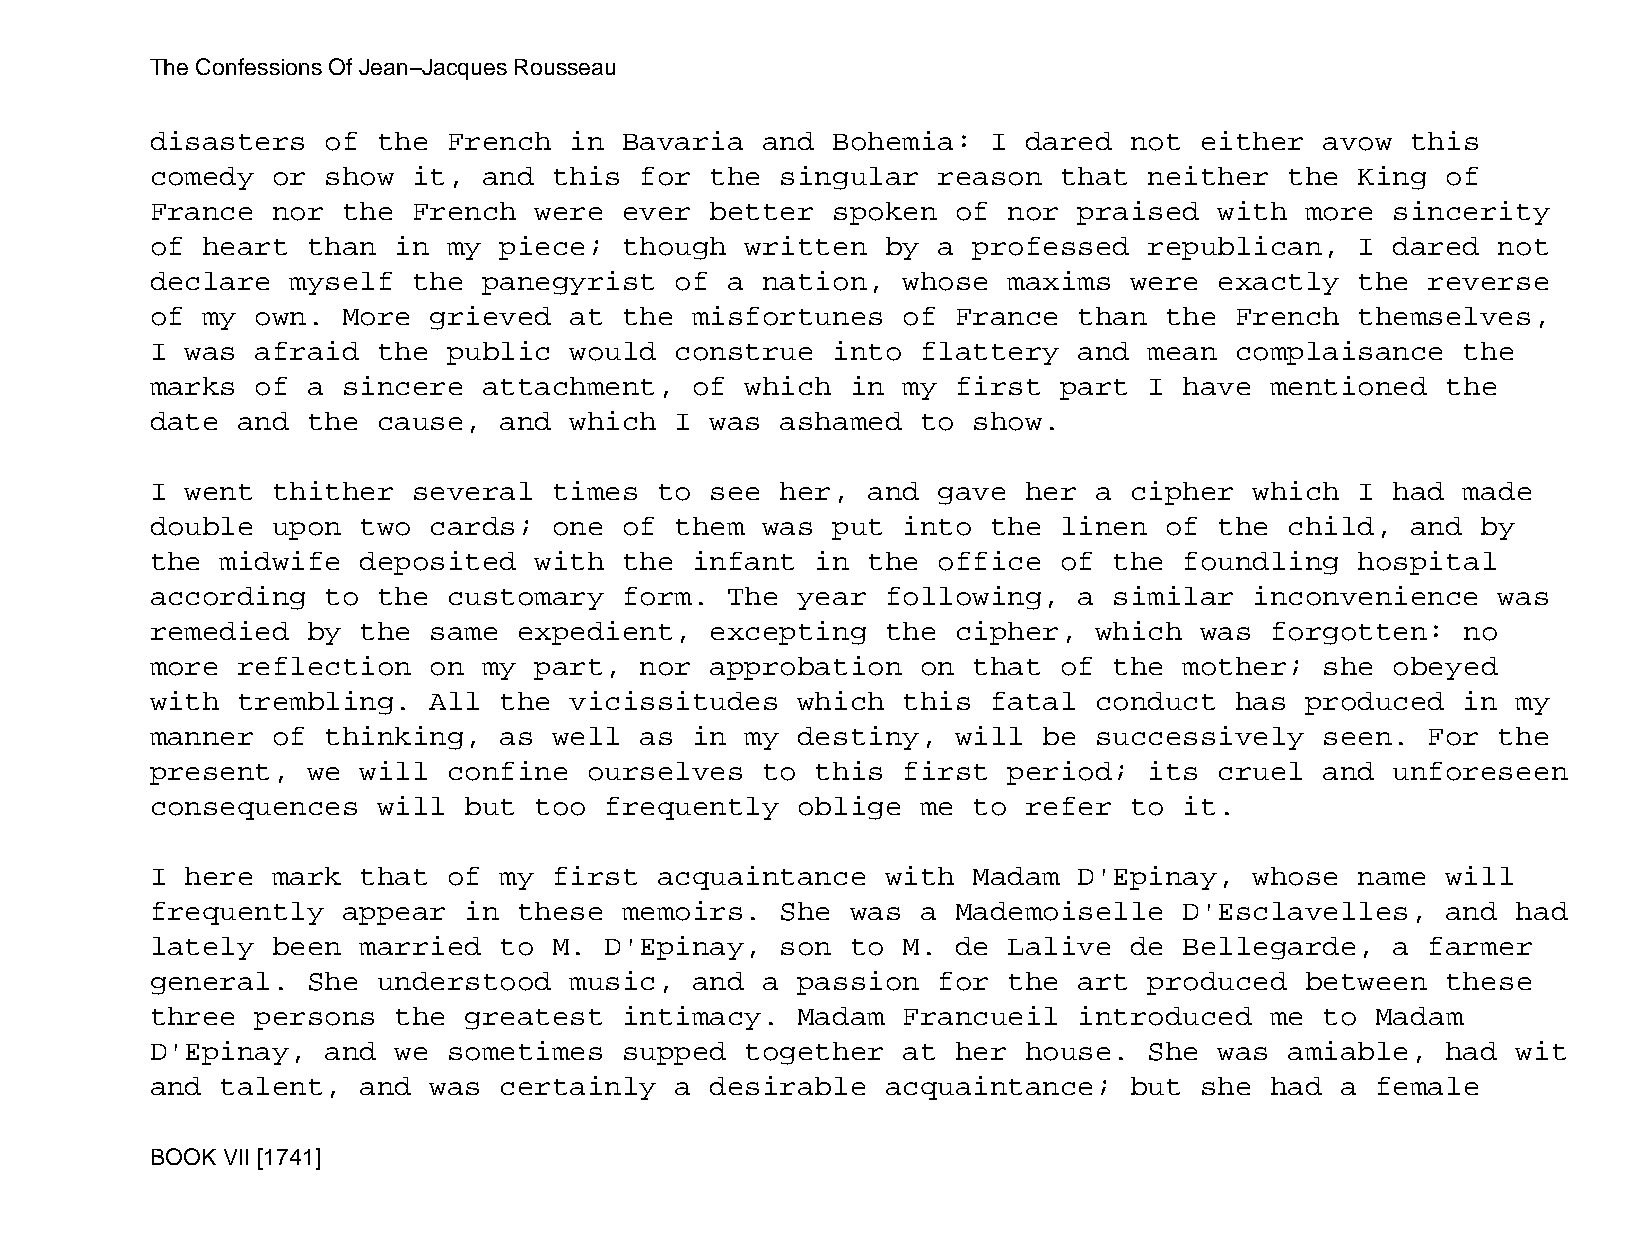
The Confessions Of Jean−Jacques Rousseau
 disasters   of the  French  in Bavaria  and  Bohemia:   I dared  not either   avow this
 comedy  or  show it,  and  this for  the  singular  reason  that  neither  the  King  of
 France  nor  the French  were  ever  better  spoken  of  nor praised   with more  sincerity
 of heart  than  in  my piece;  though  written   by a professed   republican,   I dared  not
 declare  myself  the  panegyrist   of a nation,   whose  maxims  were  exactly  the  reverse
 of my  own.  More grieved   at the  misfortunes   of France  than  the  French  themselves,
 I was  afraid  the  public  would  construe  into  flattery  and  mean  complaisance   the
 marks  of a  sincere  attachment,   of which  in  my first  part  I have  mentioned   the
 date  and the  cause,  and  which  I was  ashamed  to show.
 I went  thither  several   times  to see  her, and  gave  her a  cipher  which  I had  made
 double  upon  two cards;   one of  them was  put  into  the linen  of  the child,  and  by
 the  midwife  deposited  with  the  infant  in the  office  of  the foundling   hospital
 according   to the  customary  form.  The  year  following,  a  similar  inconvenience   was
 remedied  by  the same  expedient,   excepting   the cipher,  which  was  forgotten:   no
 more  reflection  on  my part,  nor  approbation   on that  of  the mother;   she obeyed
 with  trembling.  All  the  vicissitudes   which  this  fatal conduct   has produced   in my
 manner  of  thinking,  as  well as  in my  destiny,  will  be successively    seen.  For the
 present,  we  will  confine  ourselves  to  this  first  period;  its  cruel  and unforeseen
 consequences   will  but too  frequently   oblige  me to  refer  to it.
 I here  mark  that  of my  first  acquaintance   with Madam  D'Epinay,   whose  name  will
 frequently   appear  in these  memoirs.   She was  a Mademoiselle   D'Esclavelles,    and had
 lately  been  married  to  M. D'Epinay,   son to  M. de  Lalive  de Bellegarde,   a  farmer
 general.  She  understood   music,  and a  passion  for  the art  produced  between   these
 three  persons  the  greatest  intimacy.   Madam  Francueil  introduced   me  to Madam
 D'Epinay,   and we  sometimes  supped  together   at her  house.  She  was amiable,   had wit
 and  talent,  and was  certainly   a desirable   acquaintance;   but she  had  a female
 BOOK VII [1741]